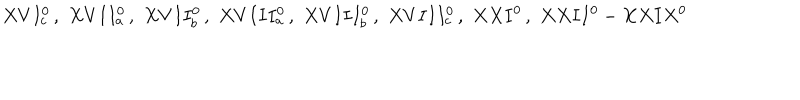
LaTeX: X V I _ { c } ^ { 0 } \, , \, \, X V I I _ { a } ^ { 0 } \, , \, \, X V I I _ { b } ^ { 0 } \, , \, \, X V I I I _ { a } ^ { 0 } \, , \, \, X V I I I _ { b } ^ { 0 } \, , \, \, X V I I I _ { c } ^ { 0 } \, , \, \, X X I ^ { 0 } \, , \, \, X X I I ^ { 0 } - X X I X ^ { 0 } \, \,